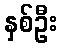
နှစ်ဦး